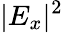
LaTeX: |E_{x}|^{2}